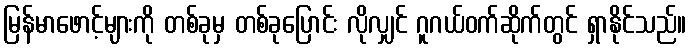
မြန်မာဖောင့်များကို တစ်ခုမှ တစ်ခုပြောင်း လိုလျှင် ဂူဂယ်ဝက်ဆိုက်တွင် ရှာနိုင်သည်။